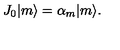
J _ { 0 } | m \rangle = \alpha _ { m } | m \rangle .